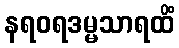
နရဝရဒမ္မသာရထိံ